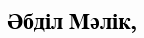
Әбділ Мәлік,